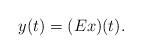
LaTeX: \begin{align*}y(t)=(E x)(t).\end{align*}